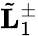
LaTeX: \tilde{\mathbf L}_{1}^{\pm}